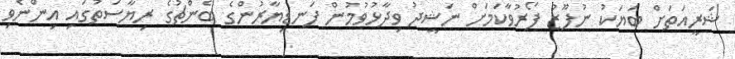
ޝަރީއަތަށް ބަޔަކު ނުފޫޒު ފޯރުވާކަމަށް ނަޝީދު ވިދާޅުވުމުން ފަނޑިޔާރުންގެ ބެންޗުގެ ރިޔާސަތުގައި އިންނެވި